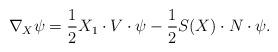
LaTeX: \begin{align*}\nabla_X\psi=\frac{1}{2}X_1\cdot V\cdot\psi-\frac{1}{2}S(X)\cdot N\cdot\psi.\end{align*}